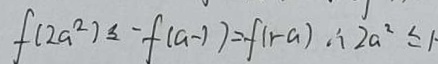
f ( 2 a ^ { 2 } ) \leq - f ( a - 1 ) = f ( 1 - a ) \therefore 2 a ^ { 2 } \leq 1 \cdot